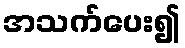
အသက်ပေး၍